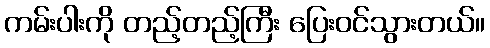
ကမ်းပါးကို တည့်တည့်ကြီး ပြေးဝင်သွားတယ်။